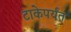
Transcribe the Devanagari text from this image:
टाकेपर्यंत